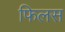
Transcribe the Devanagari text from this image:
फिलस